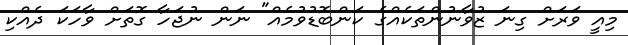
މިއީ ވަރަށް ގިނަ ޒުވާނުންތަކެއްގެ ކަންބޮޑުވުމެއް" ނަން ނުޖަހާ ގޮތަށް ވާހަކަ ދެއްކި